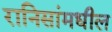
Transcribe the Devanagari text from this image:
रानिसांमधील